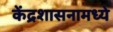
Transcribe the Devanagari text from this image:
केंद्रशासनामध्ये